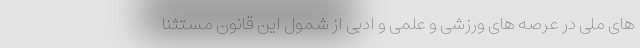
های ملی در عرصه های ورزشی و علمی و ادبی از شمول این قانون مستثنا